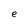
Character: e